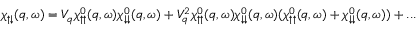
\chi _ { \uparrow \downarrow } ( q , \omega ) = V _ { q } \chi _ { \uparrow \uparrow } ^ { 0 } ( q , \omega ) \chi _ { \downarrow \downarrow } ^ { 0 } ( q , \omega ) + V _ { q } ^ { 2 } \chi _ { \uparrow \uparrow } ^ { 0 } ( q , \omega ) \chi _ { \downarrow \downarrow } ^ { 0 } ( q , \omega ) ( \chi _ { \uparrow \uparrow } ^ { 0 } ( q , \omega ) + \chi _ { \downarrow \downarrow } ^ { 0 } ( q , \omega ) ) + . . .